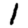
Digit: 1